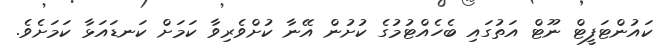
ކައުންޓަފީޓް ނޫޓް އަތުގައި ބެހެއްޓުމުގެ ކުށުން އޭނާ ކުށްވެރިވާ ކަމަށް ކަނޑައަޅާ ކަމަށެވެ.